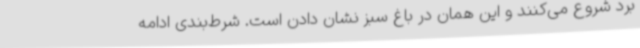
برد شروع می‌کنند و این همان در باغ سبز نشان دادن است. شرط‌بندی ادامه